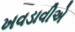
ખવડાવીએ